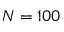
N = 1 0 0